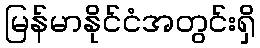
မြန်မာနိုင်ငံအတွင်းရှိ